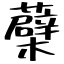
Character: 蘗